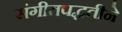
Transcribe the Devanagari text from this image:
संगीतपद्धतीने